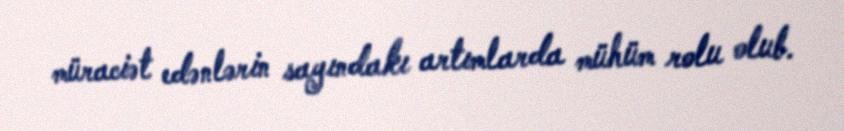
müraciət edənlərin sayındakı artımlarda mühüm rolu olub.